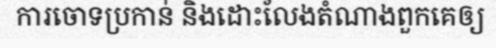
ការចោទប្រកាន់ និងដោះលែងតំណាងពួកគេឲ្យ